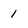
Character: 1